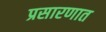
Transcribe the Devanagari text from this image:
प्रसारणात